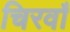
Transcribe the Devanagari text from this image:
चिरवाँ